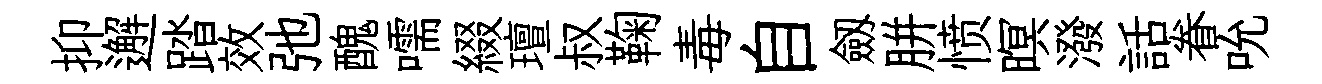
抑邂踏效弛醜嚅綴璮叔鞠毒自劔胼愤暝潑話眷吮